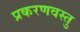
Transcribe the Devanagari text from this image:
प्रकरणवस्तु